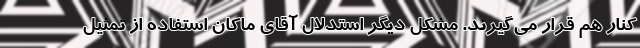
کنار هم قرار می‌گیرند. مشکل دیگر استدلال آقای ماکان استفاده از تمثیل